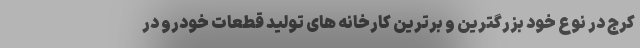
کرج در نوع خود بزرگترین و برترین کارخانه های تولید قطعات خودرو در